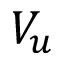
V _ { u }